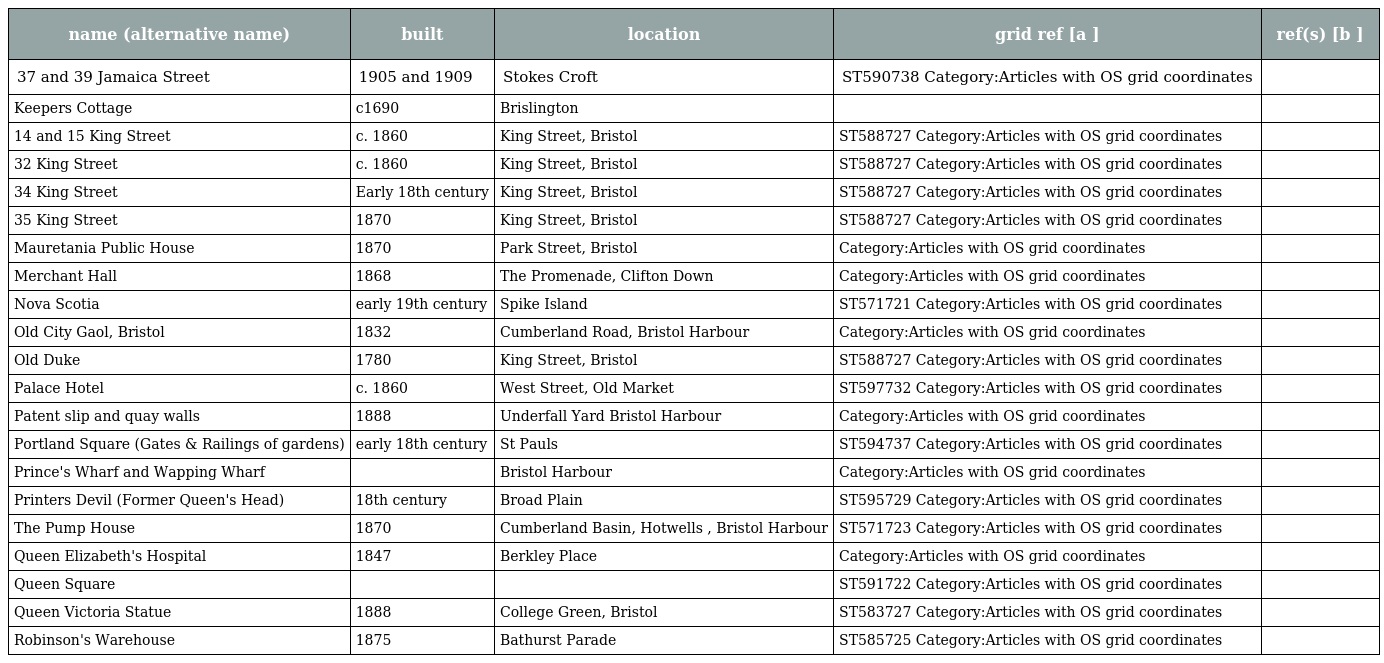
| name (alternative name) | built | location | grid ref [a ] | ref(s) [b ] |
 | --- | --- | --- | --- | --- |
 | 37 and 39 Jamaica Street | 1905 and 1909 | Stokes Croft | ST590738 Category:Articles with OS grid coordinates |  |
 | Keepers Cottage | c1690 | Brislington |  |  |
 | 14 and 15 King Street | c. 1860 | King Street, Bristol | ST588727 Category:Articles with OS grid coordinates |  |
 | 32 King Street | c. 1860 | King Street, Bristol | ST588727 Category:Articles with OS grid coordinates |  |
 | 34 King Street | Early 18th century | King Street, Bristol | ST588727 Category:Articles with OS grid coordinates |  |
 | 35 King Street | 1870 | King Street, Bristol | ST588727 Category:Articles with OS grid coordinates |  |
 | Mauretania Public House | 1870 | Park Street, Bristol | Category:Articles with OS grid coordinates |  |
 | Merchant Hall | 1868 | The Promenade, Clifton Down | Category:Articles with OS grid coordinates |  |
 | Nova Scotia | early 19th century | Spike Island | ST571721 Category:Articles with OS grid coordinates |  |
 | Old City Gaol, Bristol | 1832 | Cumberland Road, Bristol Harbour | Category:Articles with OS grid coordinates |  |
 | Old Duke | 1780 | King Street, Bristol | ST588727 Category:Articles with OS grid coordinates |  |
 | Palace Hotel | c. 1860 | West Street, Old Market | ST597732 Category:Articles with OS grid coordinates |  |
 | Patent slip and quay walls | 1888 | Underfall Yard Bristol Harbour | Category:Articles with OS grid coordinates |  |
 | Portland Square (Gates & Railings of gardens) | early 18th century | St Pauls | ST594737 Category:Articles with OS grid coordinates |  |
 | Prince's Wharf and Wapping Wharf |  | Bristol Harbour | Category:Articles with OS grid coordinates |  |
 | Printers Devil (Former Queen's Head) | 18th century | Broad Plain | ST595729 Category:Articles with OS grid coordinates |  |
 | The Pump House | 1870 | Cumberland Basin, Hotwells , Bristol Harbour | ST571723 Category:Articles with OS grid coordinates |  |
 | Queen Elizabeth's Hospital | 1847 | Berkley Place | Category:Articles with OS grid coordinates |  |
 | Queen Square |  |  | ST591722 Category:Articles with OS grid coordinates |  |
 | Queen Victoria Statue | 1888 | College Green, Bristol | ST583727 Category:Articles with OS grid coordinates |  |
 | Robinson's Warehouse | 1875 | Bathurst Parade | ST585725 Category:Articles with OS grid coordinates |  |